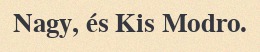
Nagy, és Kis Modro.